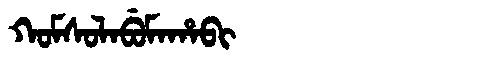
Manchu: ᡴᠣᠮᠰᠣᠯᠠᠪᡠᠮᠠᡥᠠᠪᡳ
Romanization: KOMSOLABUMAHABI